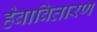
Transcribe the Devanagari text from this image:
हेवावितारण